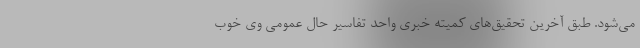
می‌شود. طبق آخرین تحقیق‌های کمیته خبری واحد تفاسیر حال عمومی وی خوب